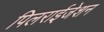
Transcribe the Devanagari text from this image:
पिलराईजेशन